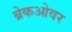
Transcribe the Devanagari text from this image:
ब्रेकओवर